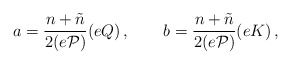
\begin{align*}a =\frac{n+\tilde{n}}{2(e\cal{P})}(eQ) \,,~~~~~~b = \frac{n+\tilde{n}}{2(e\cal{P})}(eK) \,,\end{align*}